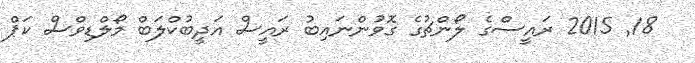
18